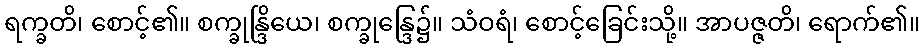
ရက္ခတိ၊ စောင့်၏။ စက္ခုန္ဒြိယေ၊ စက္ခုန္ဒြေ၌။ သံဝရံ၊ စောင့်ခြေင်းသို့။ အာပဇ္ဇတိ၊ ရောက်၏။